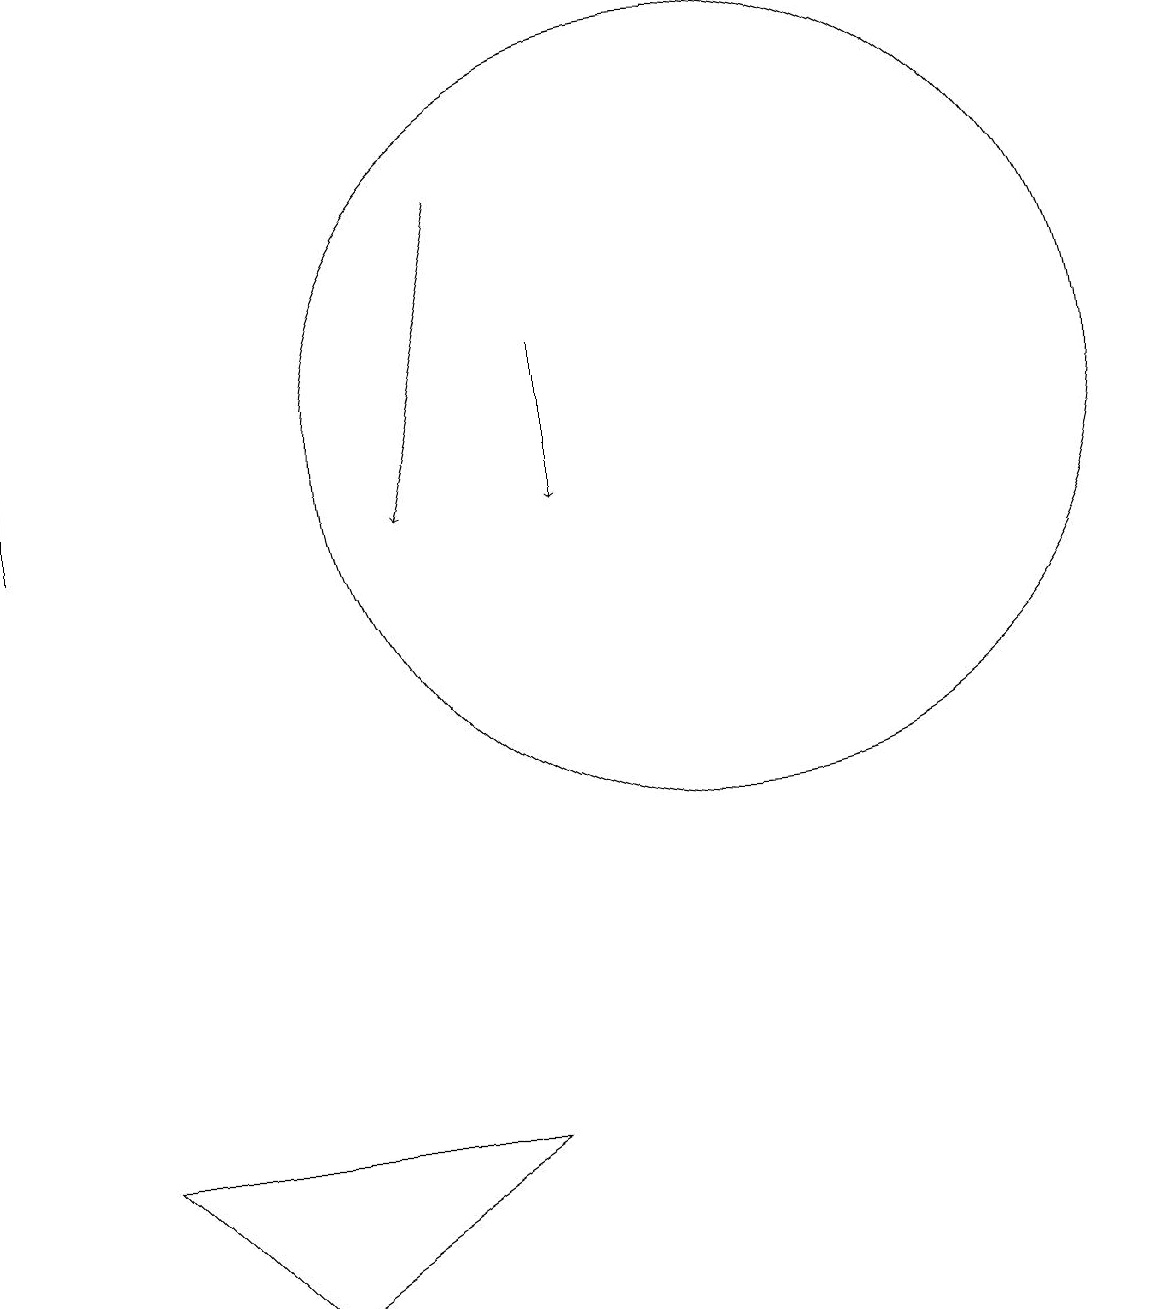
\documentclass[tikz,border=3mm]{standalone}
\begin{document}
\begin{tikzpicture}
\draw[->] (8,13) -- (8,11);
\draw[->] (7,15) -- (6,11);
\draw (10,12) circle (5);
\draw (7,3) -- (4,1) -- (2,3) -- cycle;
\draw[->] (1,11) -- (1,13);
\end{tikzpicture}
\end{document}